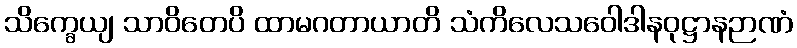
သိက္ခေယျ သာဝိတေပိ ထာမဂတာယာတိ သံကိလေသဝေါဒါနဝုဋ္ဌာနဉာဏံ